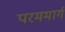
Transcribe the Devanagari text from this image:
परममार्ग